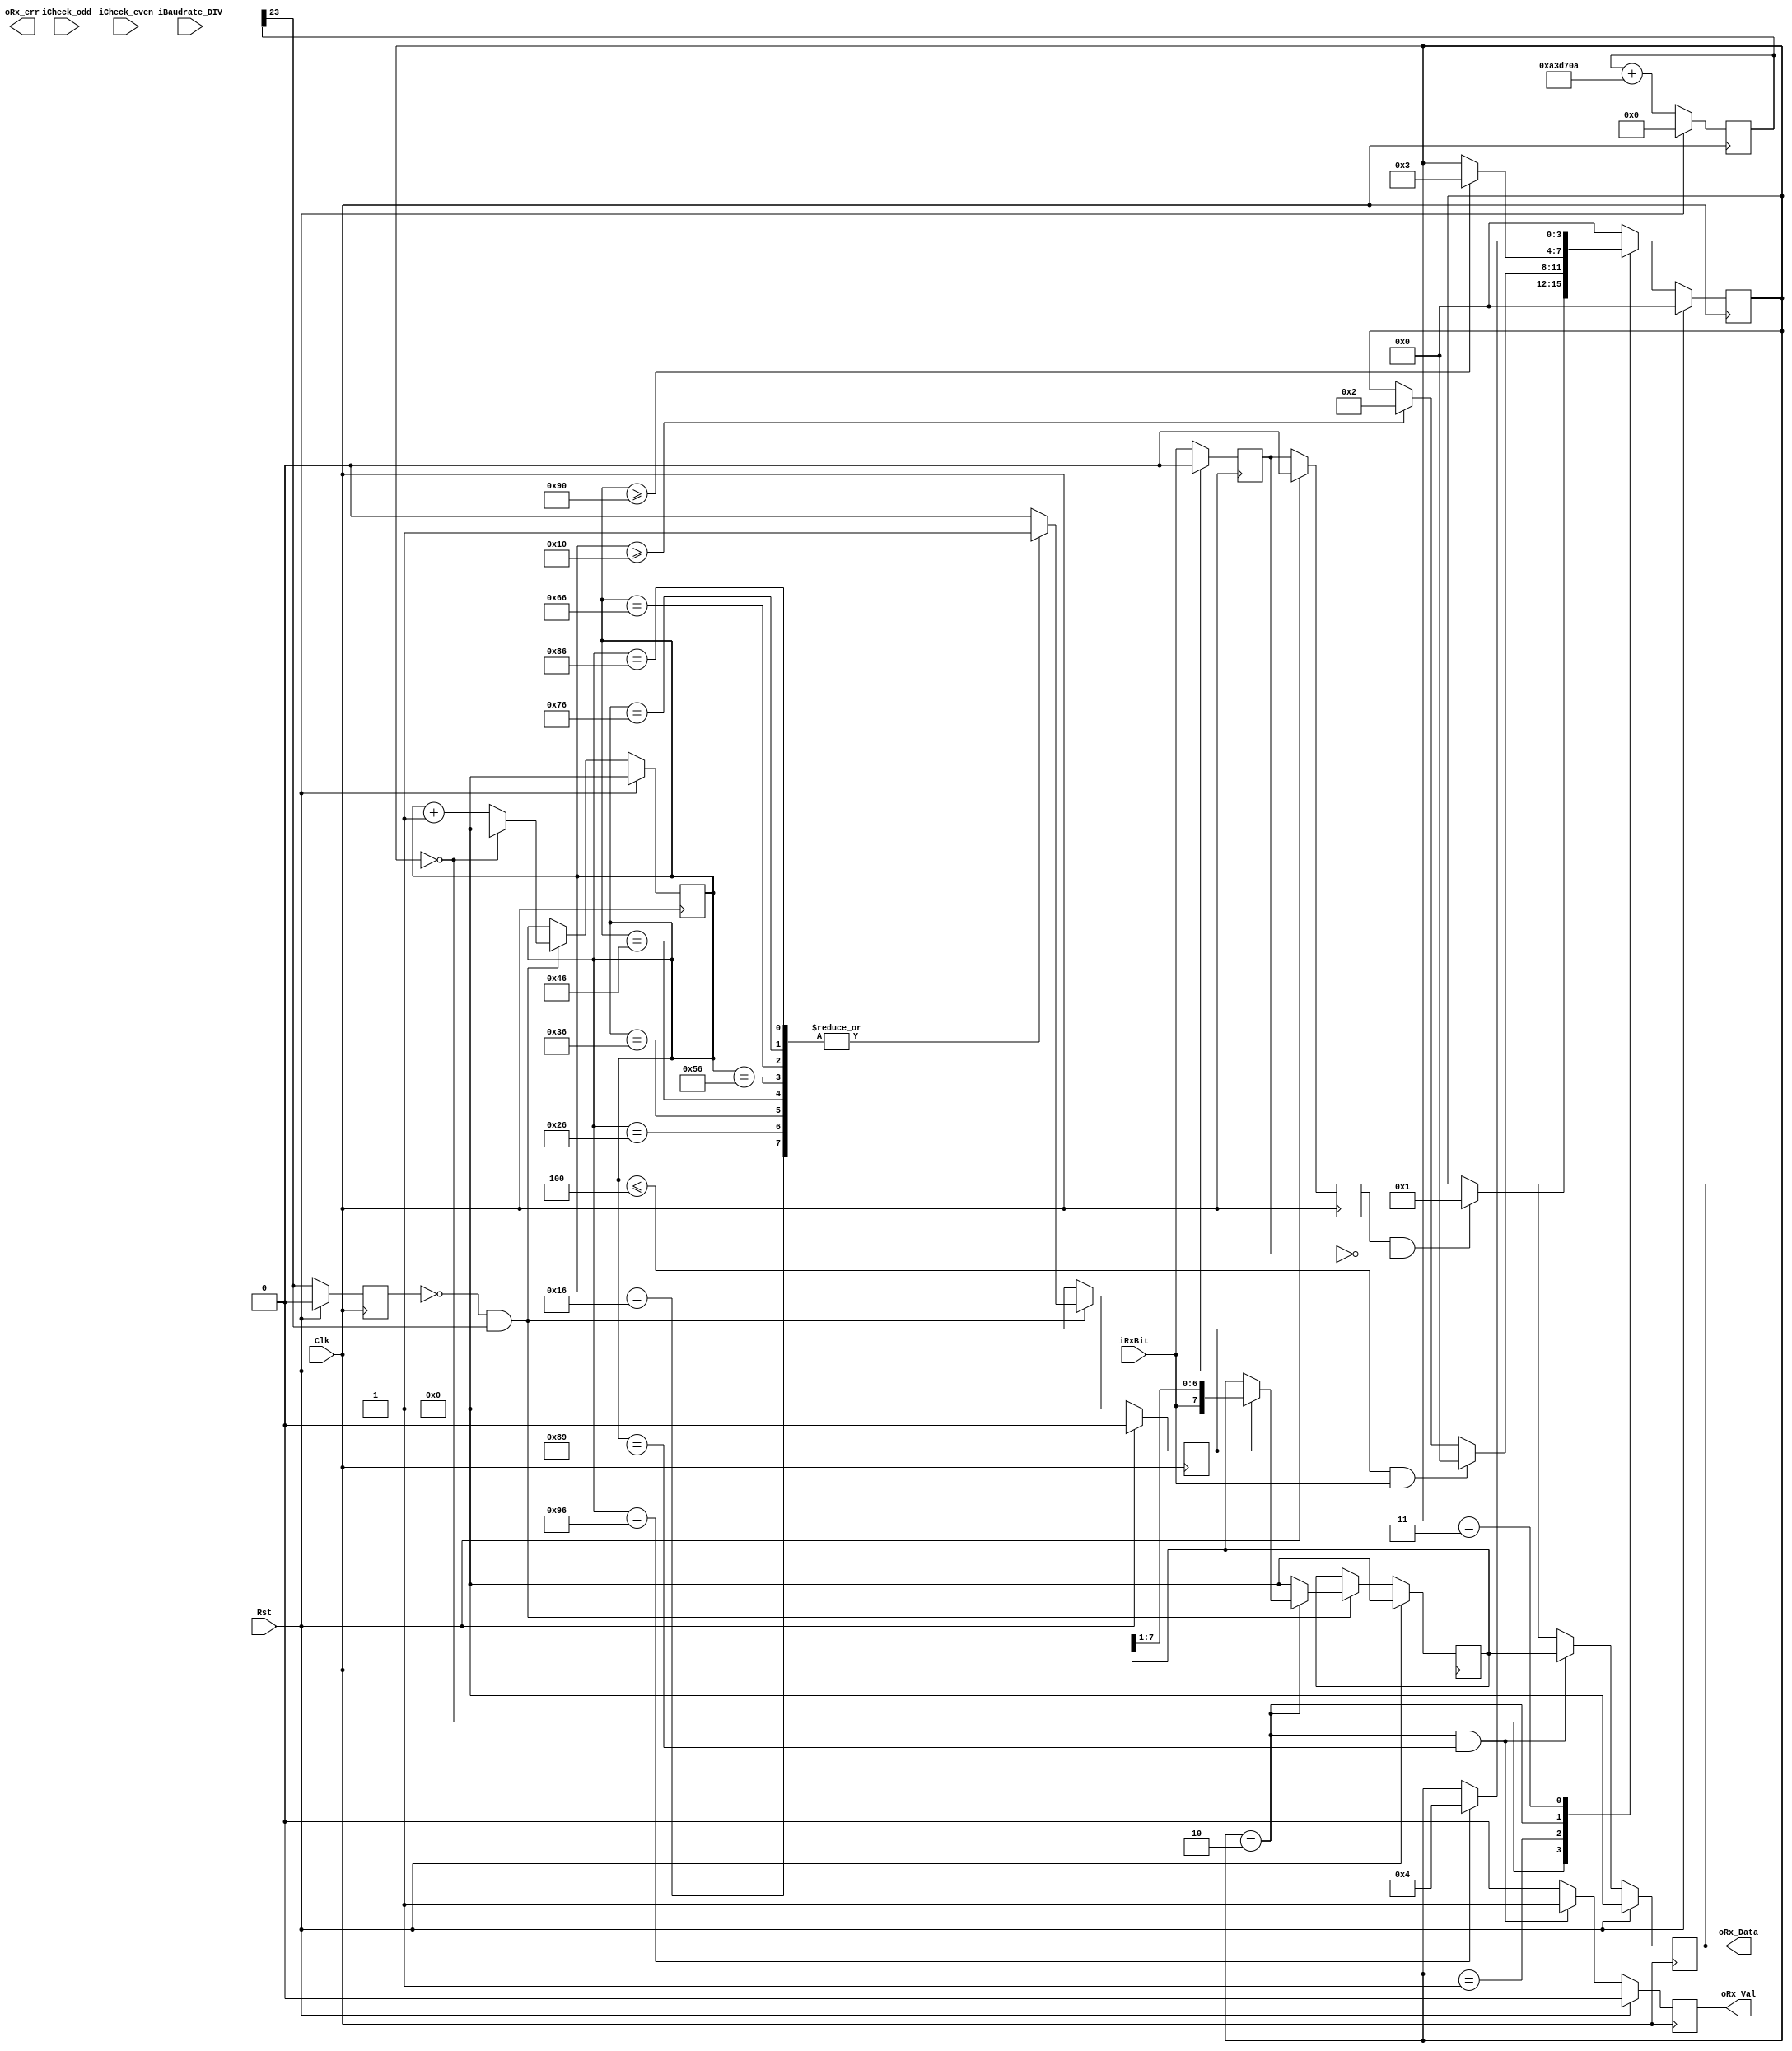
//--------------------------------------------------------------------------------------------
//
// Design Name: 
// Module Name: Uart_Rx_byte
// Project Name: 
// Target Devices: 
// Tool Versions: 
// Description: 
// 
// Dependencies: 
// 
// Revision:
// Revision 0.01 - File Created
// Additional Comments:
// 
//--------------------------------------------------------------------------------------------
// Modification History:
//   Date       |   Author      |   Version     |   Change Description
//============================================================================================
// 2020-04-19   |   ChaoyaWang  |     0.1       |   beta Version
// 2024-02-01   |   ChaoyaWang  |     0.2       |   ,3.125Mbps,
//                                              |   921600bpsbug
//--------------------------------------------------------------------------------------------
module Uart_Rx_byte #(
   parameter    BAUD_RATE   =   2000000,//
   parameter    SYS_FREQ    =   50_000_000//
)(
    input               Clk,
    input               Rst,
    input   [9:0]       iBaudrate_DIV,
    input               iRxBit,
    input               iCheck_odd,//
    input               iCheck_even,//
    output              oRx_Val,
    output              oRx_err,
    output  [7:0]       oRx_Data
);
   
   
// localparam          BAUD_RATE_3125M  = ((SYS_FREQ == 50_000_000) && (BAUD_RATE == 3_125_000)) ? 1:0;
localparam                          CTRL_WORD_WIDTH  = 24;//
localparam  [50:0]                  BAUD_CTRL_WORD   = (BAUD_RATE * (1<<(CTRL_WORD_WIDTH + 4))) / (SYS_FREQ);//16x baud rate
reg         [CTRL_WORD_WIDTH-1:0]   rCtrlWordCnt;//

//
localparam  St_Idle     = 0,//
            St_Start    = 1,//
            St_Rxd      = 2,//
            St_Stop     = 3,//
            St_Finish   = 4;//  

//16
always @(posedge    Clk) begin
    if (Rst) begin
        rCtrlWordCnt <=  0;
    end
    else begin
        rCtrlWordCnt <=  rCtrlWordCnt +   BAUD_CTRL_WORD;
    end
end

wire    wBaudClk  =   rCtrlWordCnt[CTRL_WORD_WIDTH-1];//16x baud rate


reg [7:0]   rBaudCnt;
reg         rBitFlag;
reg         rBaudClk;
reg         rUartRxd1,rUartRxd2;
reg [3:0]   rCurState;//

//16x baud rate
always @(posedge Clk ) begin
    if(Rst) begin
        rBaudClk    <= 0;
    end
    else begin
        rBaudClk <=  wBaudClk;
    end
end
wire wBaudClkPos =   ~rBaudClk & wBaudClk;
//
always @(posedge Clk ) begin
	if(Rst)begin
	  rUartRxd1 <=0;
	  rUartRxd2 <=0;
	end
	else begin
	  rUartRxd1 <= iRxBit;
	  rUartRxd2 <= rUartRxd1;
	end
end

wire  wBaudCntStart =   (rUartRxd2) & (~rUartRxd1);

//uart baud cnt
always@(posedge Clk ) begin
	if(Rst) begin
		rBaudCnt <= 0;
	end
	else if(wBaudClkPos) begin
        if(rCurState    == St_Idle) begin
            rBaudCnt <= 0;
        end
        else begin
            rBaudCnt <= rBaudCnt + 1;
        end
    end
end
//
always @(posedge Clk) begin
    if (Rst) begin
        rCurState   <=  St_Idle;
    end
    else begin
        case (rCurState)
            St_Idle :   begin
                if (wBaudCntStart) begin//
                    rCurState   <=  St_Start;
                end
            end
            St_Start:   begin
                if (rBaudCnt <= 4 && iRxBit) begin//
                    rCurState   <=  St_Idle;
                end
                else if (rBaudCnt >= 16) begin
                    rCurState   <=  St_Rxd;
                end
            end
            St_Rxd  :   begin
                if (rBaudCnt >= 144) begin//8bit
                    rCurState   <=  St_Stop;
                end
            end
            St_Stop :   begin
                if (rBaudCnt == 150) begin
                    rCurState   <=  St_Finish;
                end
            end
            St_Finish:  begin
                rCurState   <=  St_Idle;
            end   
            default: rCurState   <=  St_Idle;
        endcase
    end
end
//uart bit flag
always@(posedge Clk ) begin
	if(Rst) begin
		rBitFlag <= 0;
	end
	else if (wBaudClkPos) begin
		case(rBaudCnt)
            8'd22:  rBitFlag  <= 1;
            8'd38:  rBitFlag  <= 1;
            8'd54:  rBitFlag  <= 1;
            8'd70:  rBitFlag  <= 1;
            8'd86:  rBitFlag  <= 1;
            8'd102: rBitFlag  <= 1;
            8'd118: rBitFlag  <= 1;
            8'd134: rBitFlag  <= 1;
            default:rBitFlag  <= 0;
		endcase
	end 
end
reg [7:0]rDataDeserial;
//
always@(posedge Clk ) begin
	if(Rst) begin
		rDataDeserial <= 0;
	end
	else if (wBaudClkPos) begin
		if(rCurState    == St_Rxd) begin
            if (rBitFlag) begin
			    rDataDeserial <= {iRxBit,rDataDeserial[7:1]};
            end
		end
		else begin
			rDataDeserial <= 0;
		end
    end
end

reg [7:0]   rDataRxd;
reg         rDataValid;
wire wDataValid =    (rCurState == St_Rxd) && (rBaudCnt ==137)  ? 1:0;
//wDataValid
always @(posedge Clk) begin
    if (Rst) begin
        rDataValid  <=  0;
    end
    else begin
        rDataValid  <=  wDataValid;
    end
end
always @(posedge Clk ) begin
	if(Rst) begin
		rDataRxd      <= 0;
	end
	else if(rCurState  == St_Rxd && rBaudCnt ==137) begin
		rDataRxd <= rDataDeserial;
	end
	else begin
		rDataRxd <= rDataRxd;
	end
end

assign oRx_Data = rDataRxd;
assign oRx_Val  = rDataValid;
endmodule